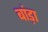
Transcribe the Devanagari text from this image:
बांड़ा